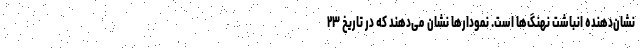
نشان‌دهنده انباشت نهنگ‌ها است. نمودارها نشان می‌دهند که در تاریخ ۲۳